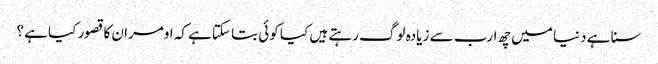
سنا ہے دنیا میں چھ ارب سے زیادہ لوگ رہتے ہیں کیا کوئی بتا سکتاہے کہ اومران کا قصور کیا ہے؟